Report of the Bombay Veterinary College
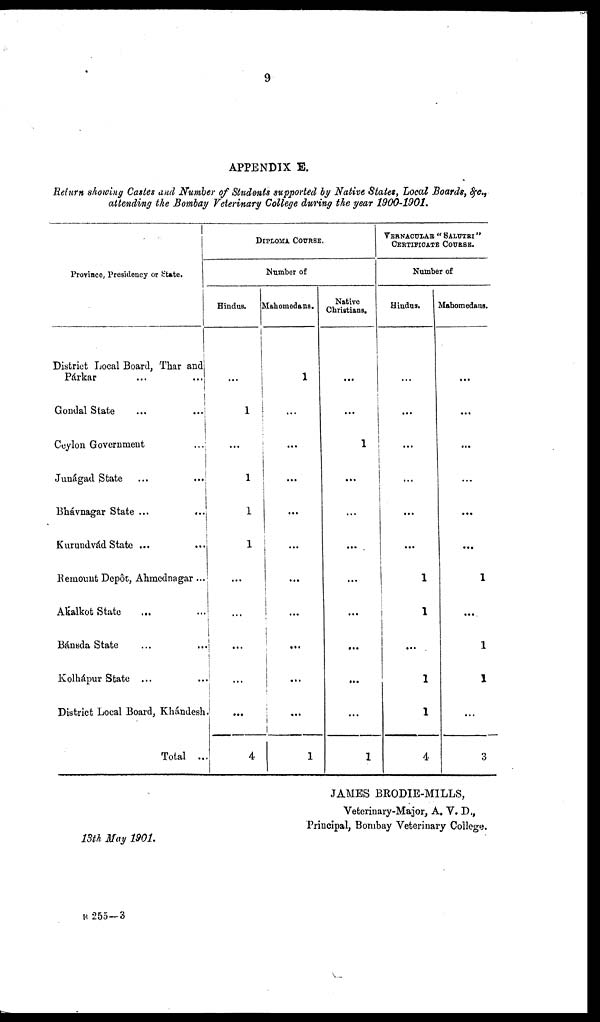
APPENDIX E.
Return showing Castes and Number of Students supported by Native States, Local Boards, &c.,
attending the Bombay Veterinary College during the year 1900-1901.
Province, Presidency or State.
District Local Board, Thar and
Párkar
Gondal State
Ceylon Government
Junágad State
...
...
Bhávnagar State ...
...
Kurundvád State ...
...
Remount Depôt, Ahmednagar ...
Akalkot State
...
Bánsda State
Kolhápur State ...
District Local Board, Khándesh.
Total ...
DIPLOMA COURSE.
Number of
Hindus.
...
1
...
1
1
1
...
...
...
...
...
4
Mahomedans.
1
...
...
...
...
...
...
...
...
...
...
1
Native
Christians.
....
...
1
...
...
...
...
...
...
...
...
1
VERNACULAR " SALUTRI "
CERTIFCATE COURSE.
Number of
Hindus.
...
...
...
...
...
...
1
1
...
1
1
4
Mahomedans.
...
...
...
...
...
1
....
1
1
...
3
JAMES BRODIE-MILLS,
Veterinary-Major, A. V. D.,
Principal, Bombay Veterinary College.
13th May 1901.
B 255—3